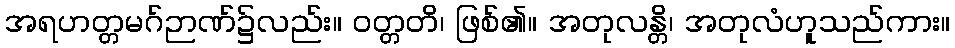
အရဟတ္တမဂ်ဉာဏ်၌လည်း။ ဝတ္တတိ၊ ဖြစ်၏။ အတုလန္တိ၊ အတုလံဟူသည်ကား။